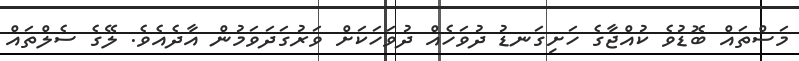
މަސްތައް ބޮޑުވެ ކުއްޖާގެ ހަށިގަނޑު ދުވަހެއް ދުވަހަކަށް ވަރުގަދަވަމުން އާދެއެވެ. ލޭގެ ސެލްތައް